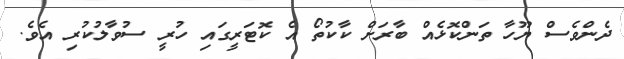
ދެންވެސް ޔޫހާ ތަންކޮޅެއް ބާރަށް ކާކުތޯ އެ ކޮޓަރީގައި ހުރީ ސުވާލުކުރި އެވެ.